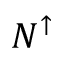
N ^ { \uparrow }